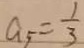
a _ { 5 } = \frac { 1 } { 3 }